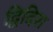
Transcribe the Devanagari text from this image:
द्विदिश